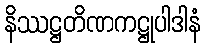
နိဿဋ္ဌတိဏကဋ္ဌုပါဒါနံ